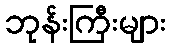
ဘုန်းကြီးများ